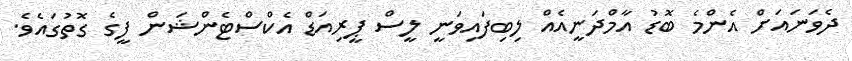
ދެވަނައަށް އެންމެ ބޮޑު އާމްދަނީއެއް ލިބިފައިވަނީ ލީސް ޕީރިއަޑް އެކްސްޓެންޝަން ފީގެ ގޮތުގައެވެ.